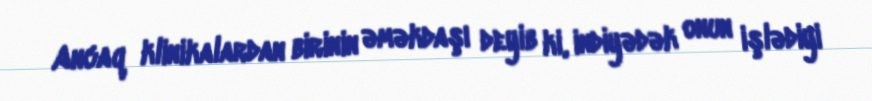
Ancaq klinikalardan birinin əməkdaşı deyib ki, indiyədək onun işlədiyi